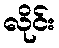
လိုင်း